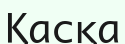
Қасқа